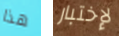
هذا لإختبار